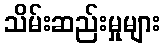
သိမ်းဆည်းမှုများ